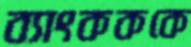
ব্যাংকককে